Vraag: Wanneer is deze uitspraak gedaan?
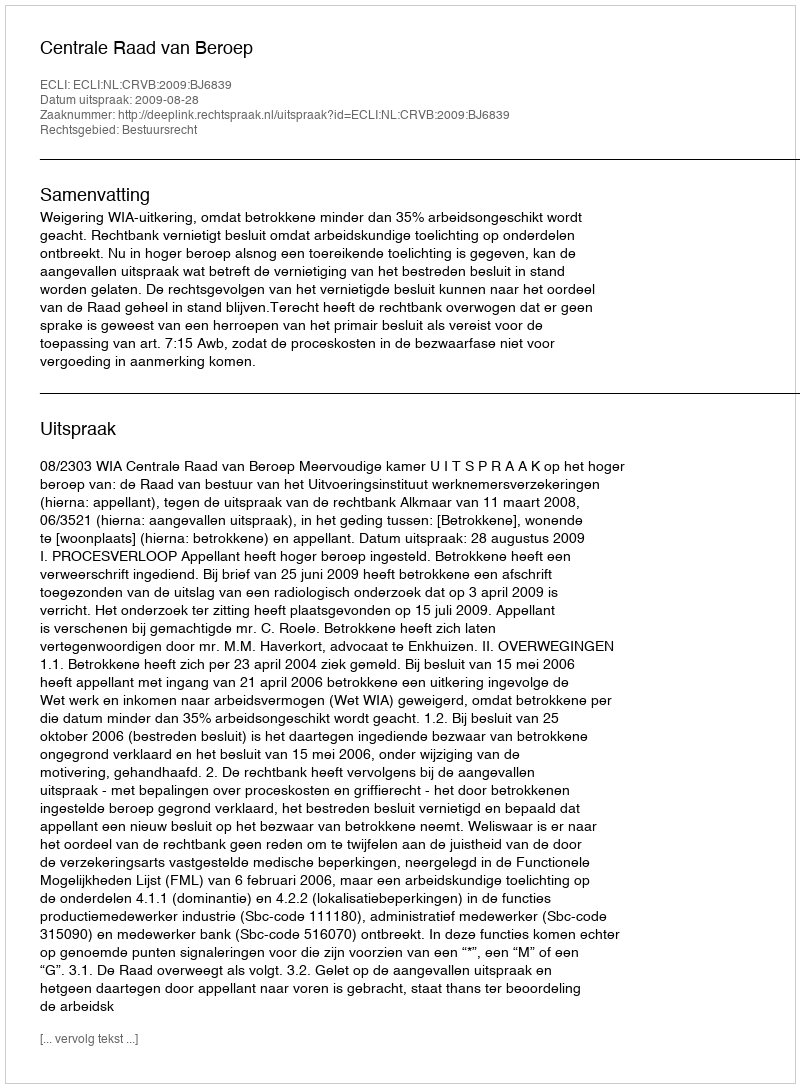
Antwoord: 2009-08-28